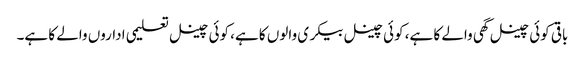
باقی کوئی چینل گھی والے کا ہے، کوئی چینل بیکری والوں کا ہے، کوئی چینل تعلیمی اداروں والے کا ہے۔